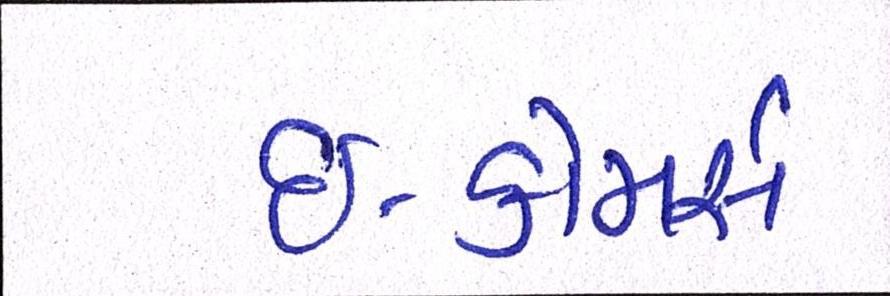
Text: ઇ-કોમર્સ